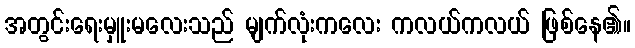
အတွင်းရေးမှူးမလေးသည် မျက်လုံးကလေး ကလယ်ကလယ် ဖြစ်နေ၏။